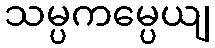
သမ္ပကမ္ပေယျ